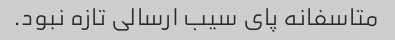
متاسفانه پای سیب ارسالی تازه نبود.